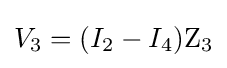
V_{3}=(I_{2}-I_{4})\mathrm {Z_{3}}